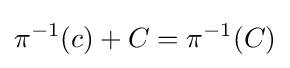
\pi ^{-1}(c)+C=\pi ^{-1}(C)